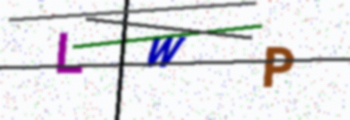
Text: LWP